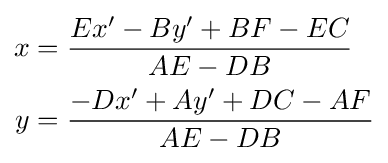
{\begin{aligned}x&={\frac {Ex'-By'+BF-EC}{AE-DB}}\\y&={\frac {-Dx'+Ay'+DC-AF}{AE-DB}}\end{aligned}}